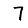
Digit: 7